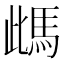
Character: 𩢑